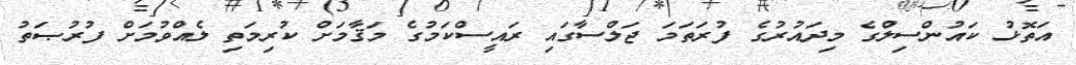
އަތޮޅު ކައުންސިލްގެ މިދައުރުގެ ފުރަތަމަ ޖަލްސާގައި ރައީސްކަމުގެ މަޤާމަށް ކުރިމަތި ލެއްވުމަށް ފުރުޞަތު